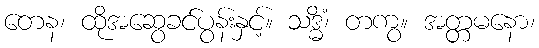
တေန၊ ထိုအဆွေခင်ပွန်းနှင့်။ သဒ္ဓိံ၊ တကွ။ အတ္တမနော၊